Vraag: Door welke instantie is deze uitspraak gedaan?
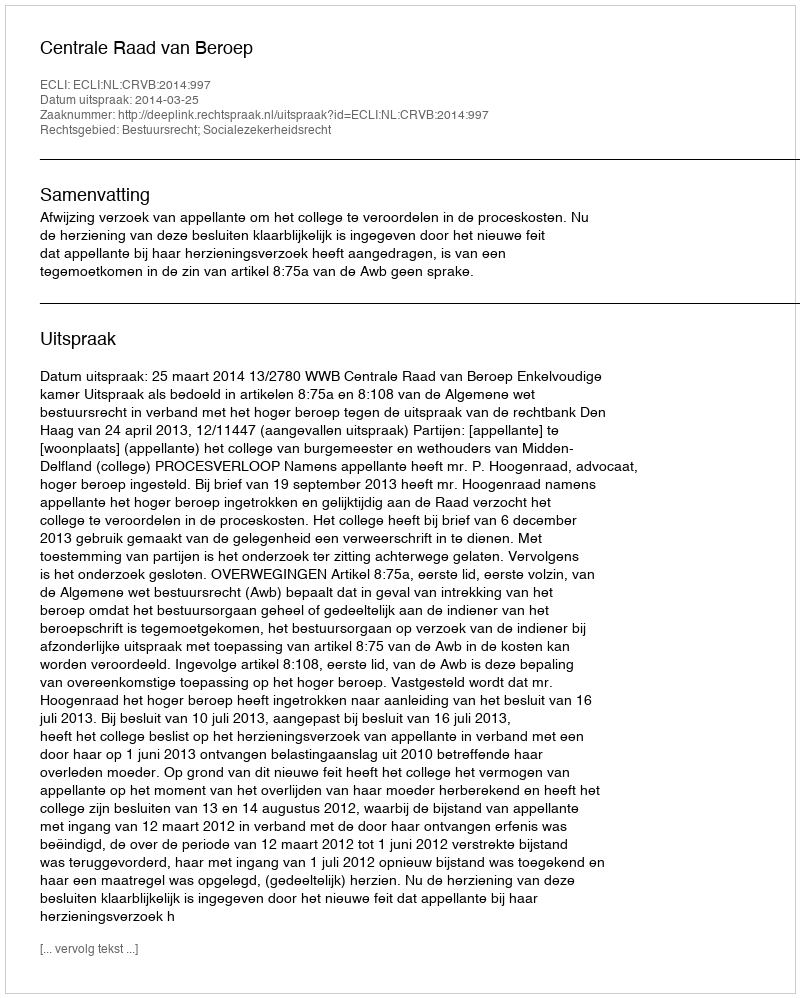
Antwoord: Centrale Raad van Beroep